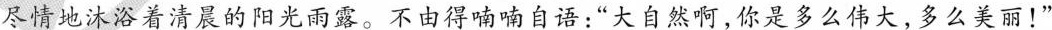
尽情地欣赏着清晨的美景，尽情地沐浴着清晨的阳光雨露。不由得喃喃自语：”大自然啊，你是多么伟大，多么美丽！”